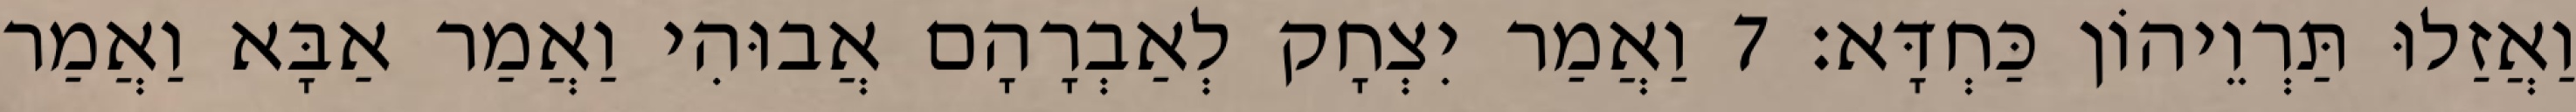
וַאֲזַלוּ תַּרְוֵיהוֹן כַּחְדָּא׃ 7 וַאֲמַר יִצְחָק לְאַבְרָהָם אֲבוּהִי וַאֲמַר אַבָּא וַאֲמַר